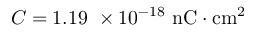
C = 1 . 1 9 \ \times 1 0 ^ { - 1 8 } \ \mathrm { n C \cdot c m ^ { 2 } }